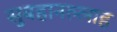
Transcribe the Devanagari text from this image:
सुबहानल्लाह